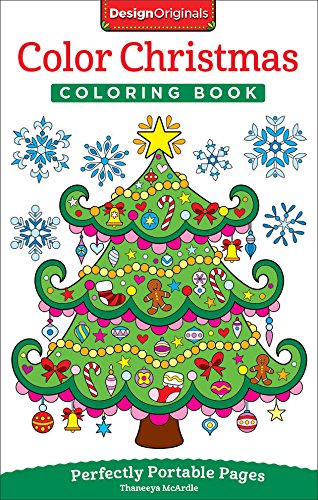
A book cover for Color Christmas Coloring Book: Perfectly Portable Pages (On-The-Go Coloring Book); Thaneeya McArdle; Arts & Photography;